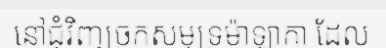
នៅជុំវិញច្រកសមុទ្រម៉ាឡាកា ដែល